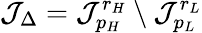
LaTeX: \mathcal{J}_{\Delta}=\mathcal{J}_{p_{H}}^{r_{H}}\setminus\mathcal{J}_{p_{L}}^{r_{L}}